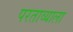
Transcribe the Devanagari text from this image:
परताव्याला